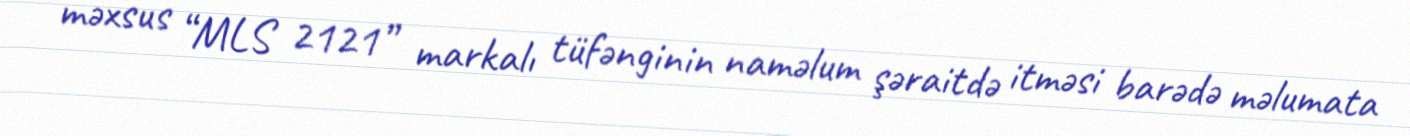
məxsus “MLS 2121” markalı tüfənginin naməlum şəraitdə itməsi barədə məlumata